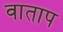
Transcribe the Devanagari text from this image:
वाताप